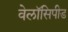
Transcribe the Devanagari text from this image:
वेलॉसिपीड